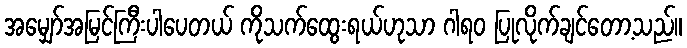
အမျှော်အမြင်ကြီးပါပေတယ် ကိုသက်ထွေးရယ်ဟုသာ ဂါရဝ ပြုလိုက်ချင်တော့သည်။